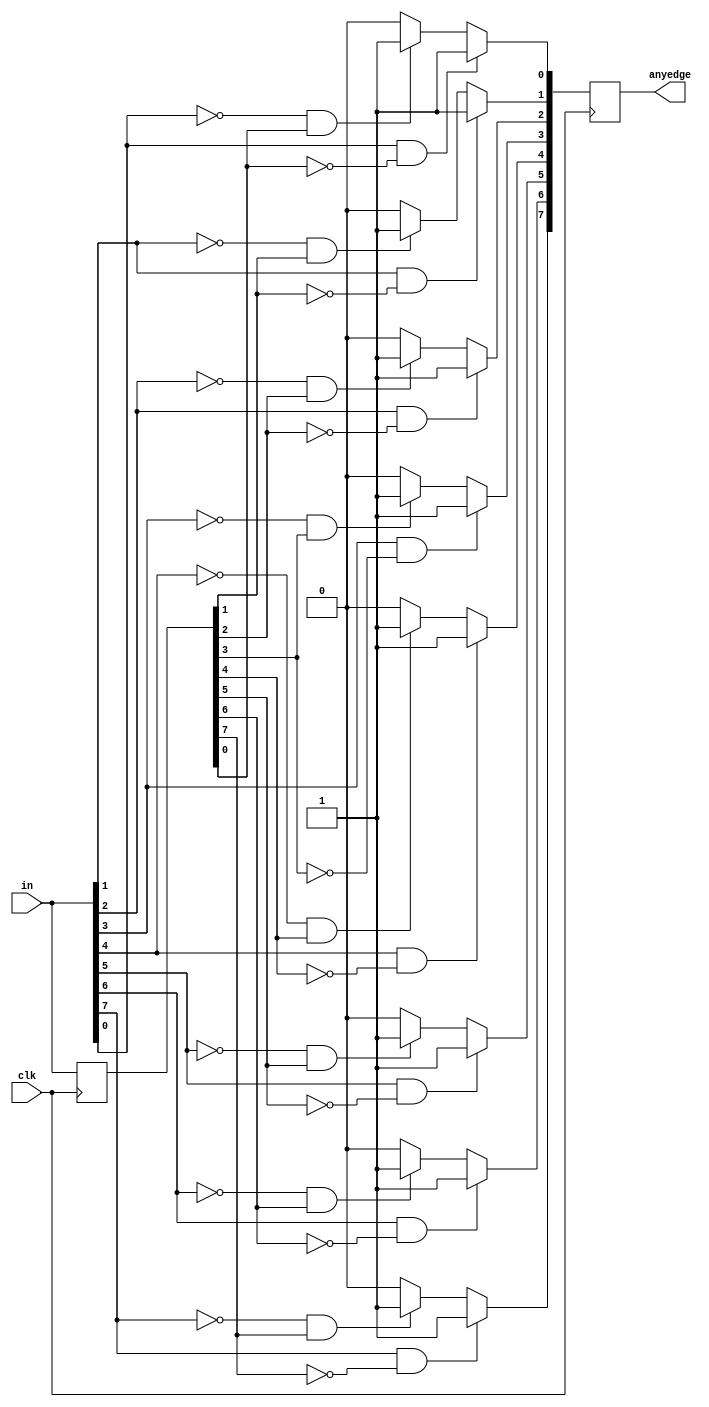
module top_module (
    input clk,
    input [7:0] in,
    output [7:0] anyedge
);
    integer i;
    reg [7:0] in_reg;
    
    always @(posedge clk) begin
        for(i=0;i<8;i++) begin
            if ((in[i] == 1'b1)&(in_reg[i] == 1'b0)) begin anyedge[i] <= 1'b1; end
            else if ((in[i] == 1'b0)&(in_reg[i] == 1'b1)) begin anyedge[i] <= 1'b1; end
            else begin anyedge[i] <= 1'b0; end
        end
        in_reg <= in;
    end

endmodule